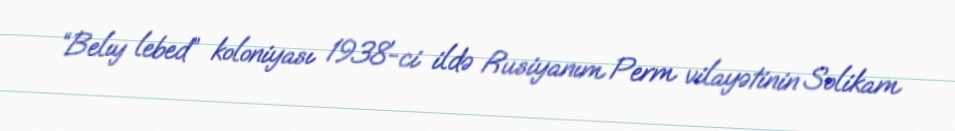
“Belıy lebed” koloniyası 1938-ci ildə Rusiyanım Perm vilayətinin Solikam